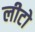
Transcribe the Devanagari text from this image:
लीटो